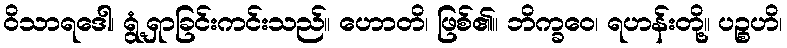
ဝိသာရဒေါ၊ ရွံ့ရှာခြင်းကင်းသည်။ ဟောတိ၊ ဖြစ်၏။ ဘိက္ခဝေ၊ ရဟန်းတို့။ ပဉ္စဟိ၊